Lunatic asylums Punjab 1881-1894 - 1881-1894
Year: 1881
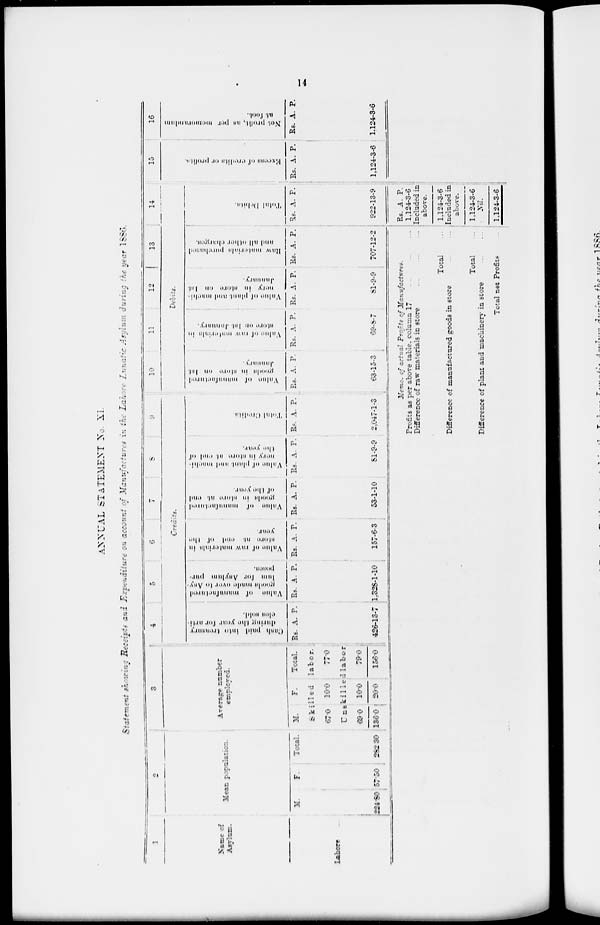
14
ANNUAL STATEMENT No. XI.
Statement showing Receipts and Expenditure on account of Manufactures in the Lahore Lunatic Asylum during the year 1886.
1
Name of
Asylnm.
Lahore ..
2
Mean population.
M.
224.80
F.
57.30
Total.
282.30
3
Average number
employed.
M.
F.
Total.
Skilled
labor.
67.0
10.0
77.0
Unskilled labor
69.0
136.0
10.0
20.0
79.0
156.0
4
5
6
7
8
9
Credits.
Cash paid into treasury
dur i ng the year for arti-
cles sold.
Rs.
4206
A.
13
P.
7
Value of manufactured
goods
made
over
to
Asy-
lum for Anylum pur-
poses.
Rs.
1,328
A.
1
P.
10
Value of raw materials in
store at and of the
year.
Rs.
157
A.
6
P.
3
Val ue of manuf act ur ed
goods in store at and
of the year.
Rs.
533
A.
1
P.
10
Val ue of pl ant and machi -
nery in store at and of
the year.
Rs.
81
A.
9
P.
9
Tot al Credits.
Rs.
2,047
A.
11
P.
3
10
11
12
13
14
Debits.
Val ue of manuf act ur ed
goods in store on 1st
Januar y.
Rs.
63
A.
15
P.
3
Val ue of r aw ma t e r i a l s in
store on 1st Januar y.
Rs.
69
A.
8
P.
7
Val ue of pl ant and machi -
nery
in store on 1st
Januar y.
Rs.
81
A.
91
P.
9
Raw materials purchased
and al l ot her char ges.
Rs.
707
A.
12
P.
2
Tot al Debi t s.
Rs.
922
A.
l3
P.
9
15
Excess of credits or profits.
Rs.
1,124
A.
3
P.
6
16
Not p r o f i t , as per memorandum
at foot .
Rs.
1,124
A.
3
P.
6
Memo. of actual Profits of Manufactures.
Profits as per above table. column 17 ... ... ...
Difference of raw materials in store
...
...
Total
Difference of manufactured goods in store ... ... ...
Total
Difference of plant and machinery in store ... ...
Total net Profits
...
...
...
...
...
...
...
Rs.
1,124
A.
3
P.
6
Included in
above.
1,124 3 6
Included in
above.
1.124 3 6
Nil.
1,124 3 6